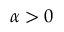
\alpha > 0